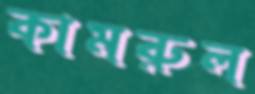
কামরুল